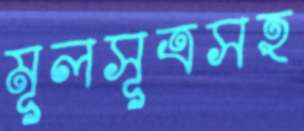
মূলসূত্রসহ